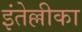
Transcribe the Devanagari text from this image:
इंतेल्लीका